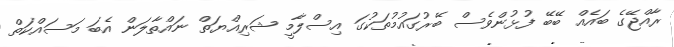
ރާއްޖޭގެ ބައެއް ބޭބޭ ފުޅުންވެސް ބޭރުގައުމުތަކުގަ އިސްލާމީ ޝަރިއްޔަތް ނައްތާލަން އެބަ މަސައްކަތް